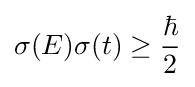
\sigma (E)\sigma (t)\geq {\frac {\hbar }{2}}\,\!